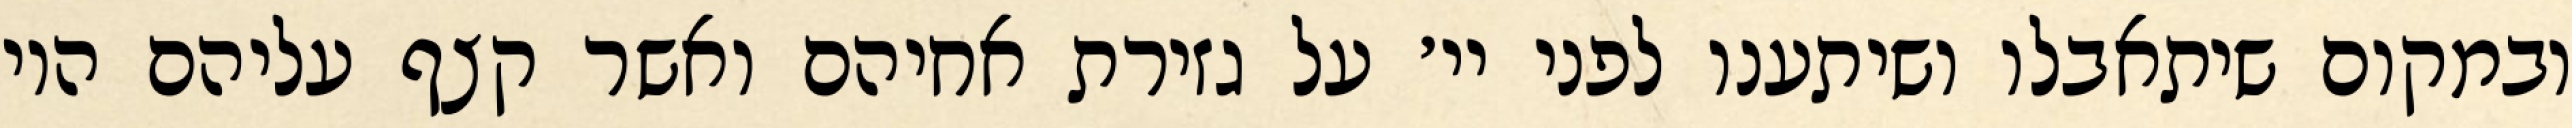
ובמקום שיתאבלו ושיתענו לפני יי׳ על גזירת אחיהם ואשר קצף עליהם היו